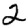
Digit: 2